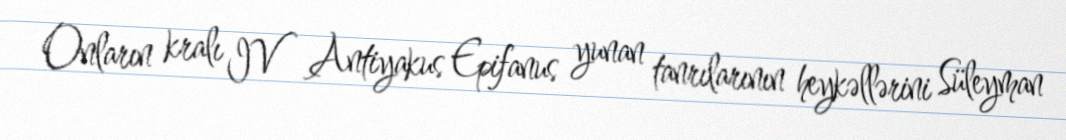
Onların kralı IV Antiyakus Epifanus yunan tanrılarının heykəllərini Süleyman